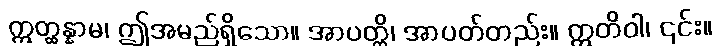
ဣတ္ထန္နာမ၊ ဤအမည်ရှိသော။ အာပတ္တိ၊ အာပတ်တည်း။ ဣတိဝါ၊ ၎င်း။